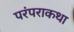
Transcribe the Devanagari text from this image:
परंपराकथा